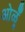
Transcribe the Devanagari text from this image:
ओळूँ